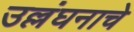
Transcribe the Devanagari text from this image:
उल्लंघनाचे